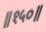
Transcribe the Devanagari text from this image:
॥१५०॥